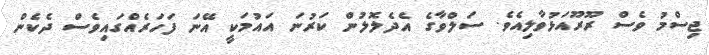
ޖިސްމު ވެސް ރޫރޫއަޅުވާލިއެވެ. ސަލްވާގެ އެދެލޮލުން ކަރުނަ އައުމަކީ އޭނަ ފަހަރެއްގައިވެސް ދެކެން